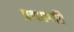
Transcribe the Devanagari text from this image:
प्रवाहगति